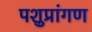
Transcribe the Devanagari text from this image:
पशुप्रांगण